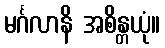
မင်္ဂလာနိ အစိန္တယုံ။